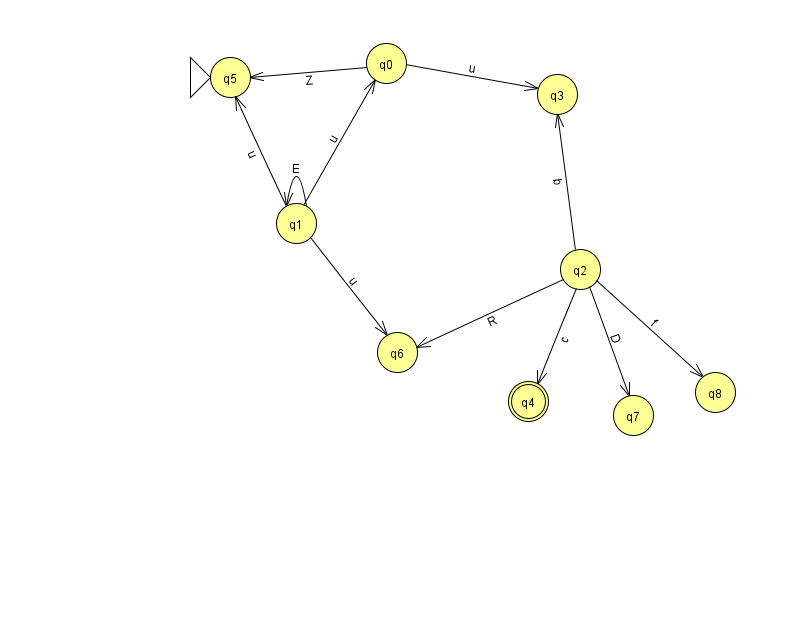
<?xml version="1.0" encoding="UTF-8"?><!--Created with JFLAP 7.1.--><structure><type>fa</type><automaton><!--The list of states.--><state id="0" name="q0"><x>386.0</x><y>50.0</y></state><state id="1" name="q1"><x>296.0</x><y>210.0</y></state><state id="2" name="q2"><x>580.0</x><y>256.0</y></state><state id="3" name="q3"><x>557.0</x><y>81.0</y></state><state id="4" name="q4"><x>528.0</x><y>388.0</y><final/></state><state id="5" name="q5"><x>230.0</x><y>64.0</y><initial/></state><state id="6" name="q6"><x>397.0</x><y>339.0</y></state><state id="7" name="q7"><x>633.0</x><y>402.0</y></state><state id="8" name="q8"><x>715.0</x><y>379.0</y></state><!--The list of transitions.--><transition><from>0</from><to>5</to><read>Z</read></transition><transition><from>1</from><to>0</to><read>u</read></transition><transition><from>2</from><to>6</to><read>R</read></transition><transition><from>1</from><to>1</to><read>E</read></transition><transition><from>1</from><to>6</to><read>u</read></transition><transition><from>2</from><to>4</to><read>c</read></transition><transition><from>0</from><to>3</to><read>u</read></transition><transition><from>2</from><to>7</to><read>D</read></transition><transition><from>1</from><to>5</to><read>u</read></transition><transition><from>2</from><to>3</to><read>b</read></transition><transition><from>2</from><to>8</to><read>f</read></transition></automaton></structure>